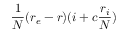
\frac { 1 } { N } ( r _ { e } - r ) ( i + c \frac { r _ { i } } { N } )